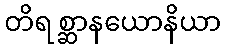
တိရစ္ဆာနယောနိယာ